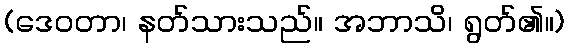
(ဒေဝတာ၊ နတ်သားသည်။ အဘာသိ၊ ရွတ်၏။)